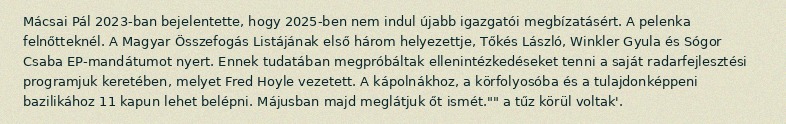
Mácsai Pál 2023-ban bejelentette, hogy 2025-ben nem indul újabb igazgatói megbízatásért. A pelenka felnőtteknél. A Magyar Összefogás Listájának első három helyezettje, Tőkés László, Winkler Gyula és Sógor Csaba EP-mandátumot nyert. Ennek tudatában megpróbáltak ellenintézkedéseket tenni a saját radarfejlesztési programjuk keretében, melyet Fred Hoyle vezetett. A kápolnákhoz, a körfolyosóba és a tulajdonképpeni bazilikához 11 kapun lehet belépni. Májusban majd meglátjuk őt ismét."" a tűz körül voltak'.